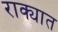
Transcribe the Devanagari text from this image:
राक्यात